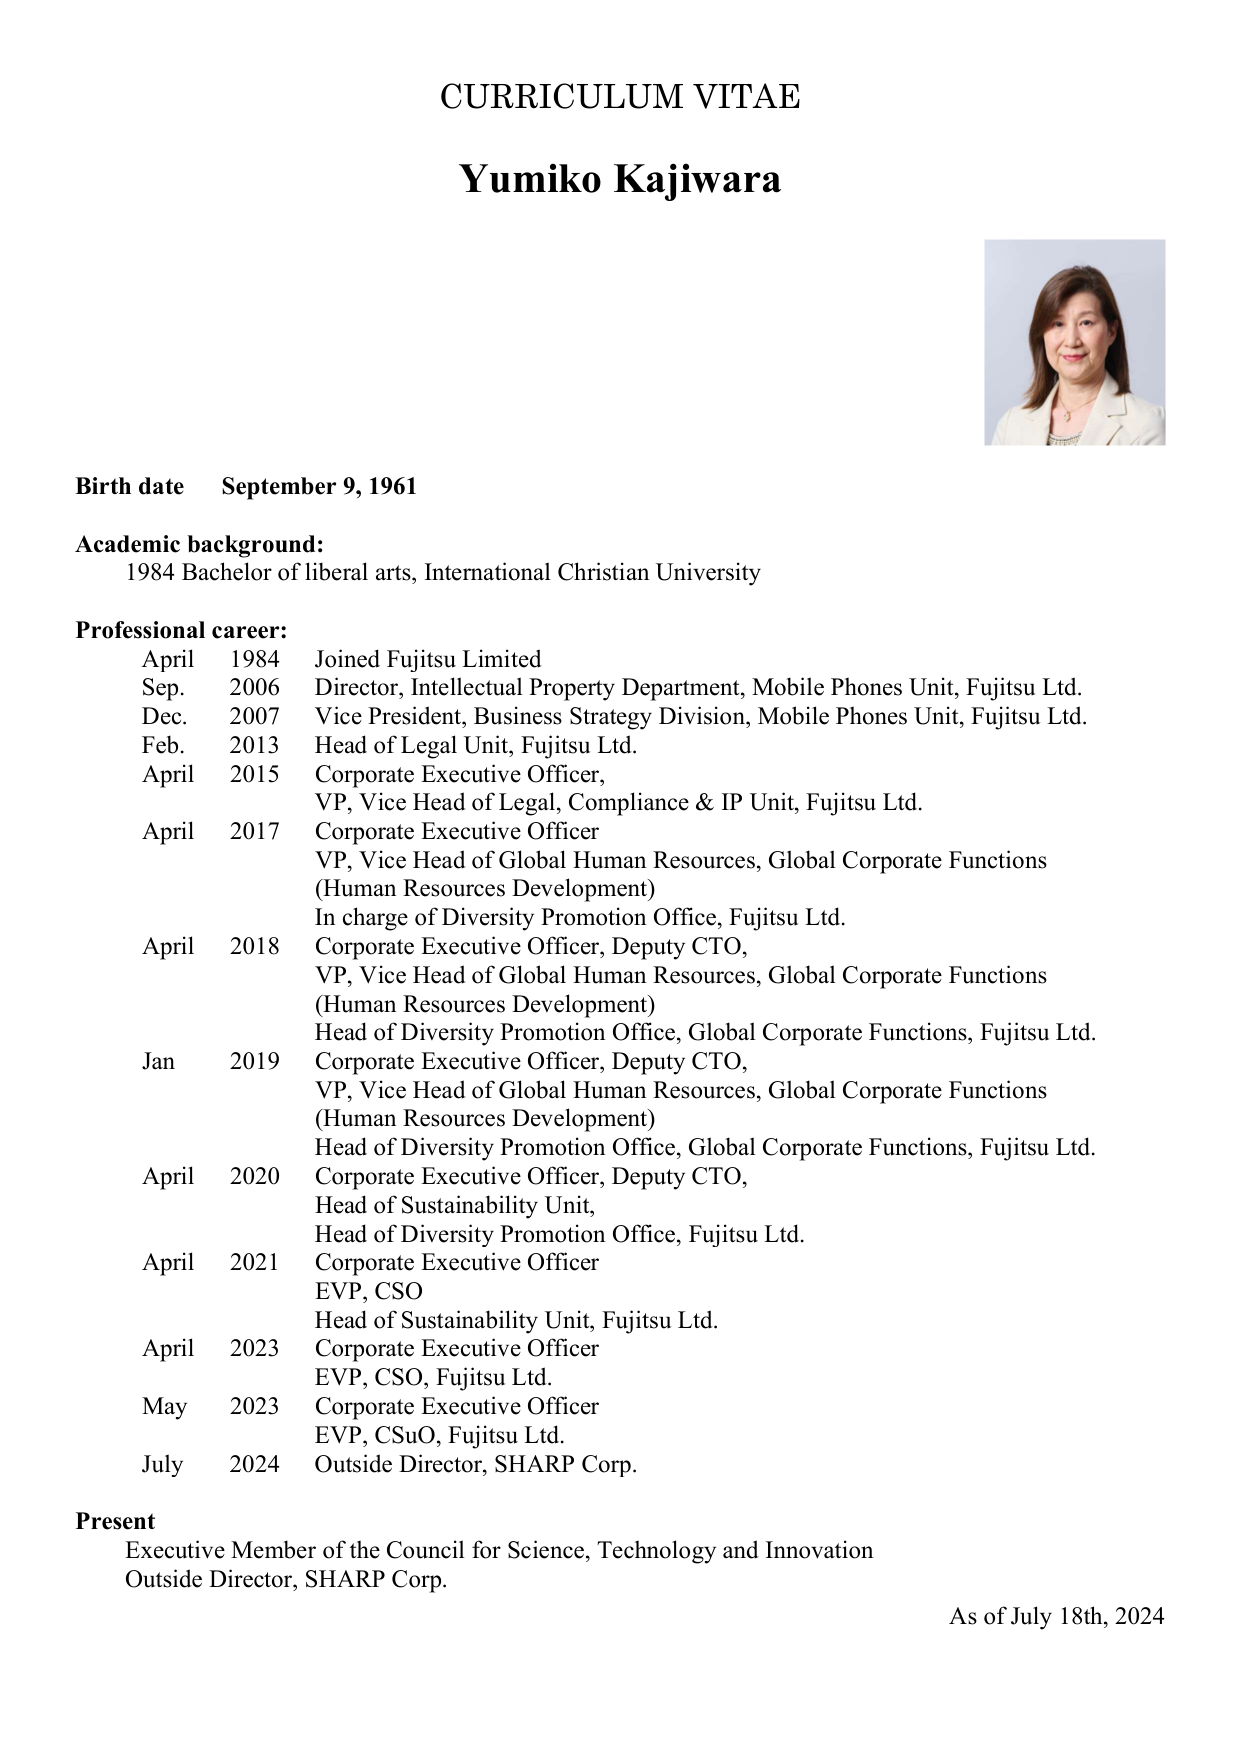
CURRICULUM VITAE
Yumiko Kajiwara

Birth date    September 9, 1961

Academic background:
1984 Bachelor of liberal arts, International Christian University

Professional career:
April    1984    Joined Fujitsu Limited
Sep.    2006    Director, Intellectual Property Department, Mobile Phones Unit, Fujitsu Ltd.
Dec.    2007    Vice President, Business Strategy Division, Mobile Phones Unit, Fujitsu Ltd.
Feb.    2013    Head of Legal Unit, Fujitsu Ltd.
April    2015    Corporate Executive Officer,
                VP, Vice Head of Legal, Compliance & IP Unit, Fujitsu Ltd.
April    2017    Corporate Executive Officer
                VP, Vice Head of Global Human Resources, Global Corporate Functions
                (Human Resources Development)
                In charge of Diversity Promotion Office, Fujitsu Ltd.
April    2018    Corporate Executive Officer, Deputy CTO,
                VP, Vice Head of Global Human Resources, Global Corporate Functions
                (Human Resources Development)
                Head of Diversity Promotion Office, Global Corporate Functions, Fujitsu Ltd.
Jan    2019    Corporate Executive Officer, Deputy CTO,
                VP, Vice Head of Global Human Resources, Global Corporate Functions
                (Human Resources Development)
                Head of Diversity Promotion Office, Global Corporate Functions, Fujitsu Ltd.
April    2020    Corporate Executive Officer, Deputy CTO,
                Head of Sustainability Unit,
                Head of Diversity Promotion Office, Fujitsu Ltd.
April    2021    Corporate Executive Officer
                EVP, CSO
                Head of Sustainability Unit, Fujitsu Ltd.
April    2023    Corporate Executive Officer
                EVP, CSO, Fujitsu Ltd.
May    2023    Corporate Executive Officer
                EVP, CSuO, Fujitsu Ltd.
July    2024    Outside Director, SHARP Corp.

Present
Executive Member of the Council for Science, Technology and Innovation
Outside Director, SHARP Corp.

As of July 18th, 2024